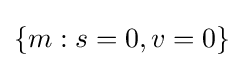
\{m:s=0,v=0\}